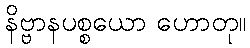
နိဗ္ဗာနပစ္စယော ဟောတု။